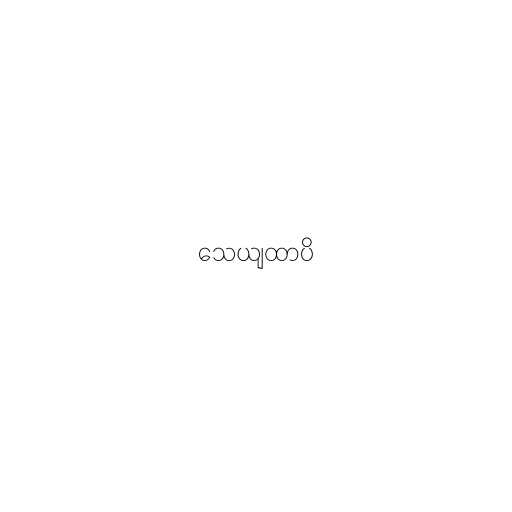
သေယျထာပိ